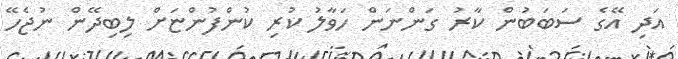
އަދި އޭގެ ސަބަބުން ކާރު ގަންނަން ހަވާލު ކުރި ކުންފުންޏަށް ލިބިދޭން ނުޖެހޭ